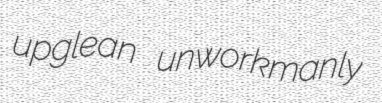
upglean unworkmanly